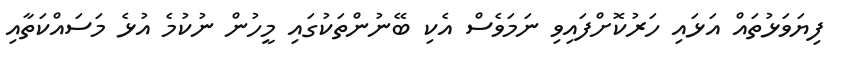
ފިޔަވަޅުތައް އަޅައި ހަރުކޮށްފައިވި ނަމަވެސް އެކި ބޭނުންތަކުގައި މީހުން ނުކުމެ އުޅެ މަސައްކަތާއި